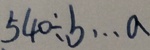
5 4 0 \div b \cdots a